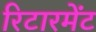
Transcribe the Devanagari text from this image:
रिटारमेंट